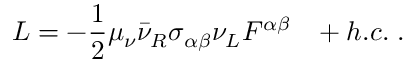
L = - \frac { 1 } { 2 } \mu _ { \nu } \bar { \nu } _ { R } \sigma _ { \alpha \beta } \nu _ { L } F ^ { \alpha \beta } \; \; \; + h . c . \; .